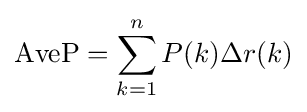
\operatorname {AveP} =\sum _{k=1}^{n}P(k)\Delta r(k)